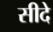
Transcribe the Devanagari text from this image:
सीदे